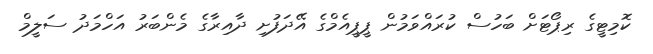
ކޮމިޓީގެ ރިޕޯޓަށް ބަހުސް ކުރައްވަމުން ޕީޕީއެމްގެ އޭދަފުށި ދާއިރާގެ މެންބަރު އަހްމަދު ސަލީމް